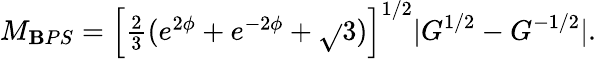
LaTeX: M_{\mathbf{B}PS}=\left[\textstyle{\frac{{2}}{{3}}}(e^{2\phi}+e^{-2\phi}+\sqrt{}{{3}})\right]^{1/2}|G^{1/2}-G^{-1/2}|.